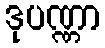
ဒုပဏ္ဏာ